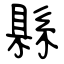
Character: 縣